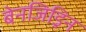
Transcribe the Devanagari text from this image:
बेनजिड्रिन